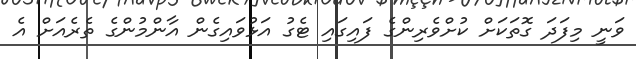
ވަނީ މިފަދަ ގޮތަކަށް ކުށްވެރިންގެ ފައިގައި ޓެގު އަޅުވައިގެން އާންމުންގެ ތެރެއަށް އެ